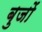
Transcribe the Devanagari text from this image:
बुजों